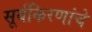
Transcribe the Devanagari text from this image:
सूर्यकिरणांचे